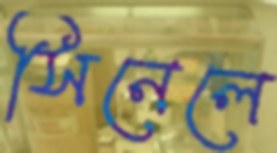
সিনেলে